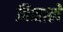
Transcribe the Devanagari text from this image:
विनाले